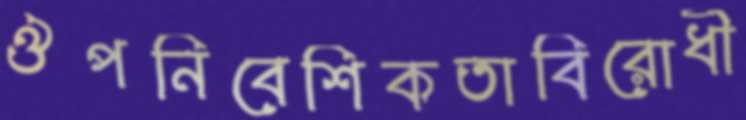
ঔপনিবেশিকতাবিরোধী